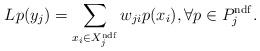
LaTeX: \begin{align*}Lp(y_j)=\sum_{x_i\in X_j^\mathrm{ndf}}w_{ji} p(x_i),\forall p\in P_j^\mathrm{ndf}.\end{align*}